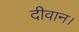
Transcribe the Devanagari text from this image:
दीवान।